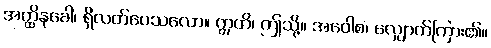
အတ္ထိနုခေါ၊ ရှိလတ်ပေသလော။ ဣတိ၊ ဤသို့။ အဝေါစ၊ လျှောက်ကြား၏။